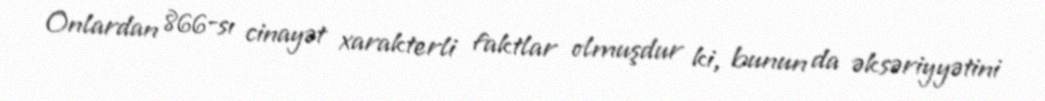
Onlardan 866-sı cinayət xarakterli faktlar olmuşdur ki, bunun da əksəriyyətini